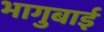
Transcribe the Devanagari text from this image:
भागुबाई